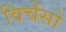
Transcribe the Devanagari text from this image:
विचेंसो